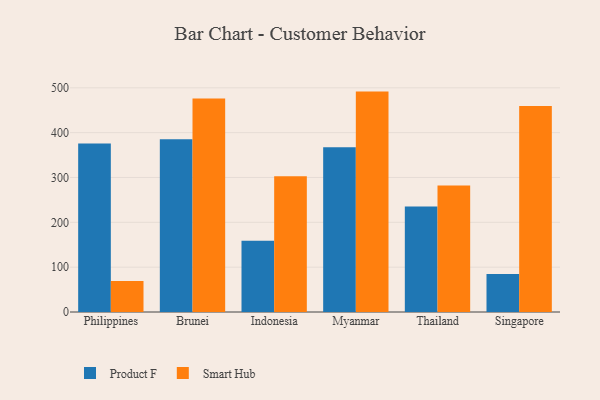
{"axis": {"x": "Country", "y": "Latency (ms)"}, "legend": ["Product F", "Smart Hub"], "data": [{"x": "Philippines", "y": 375.5, "type": "Product F"}, {"x": "Philippines", "y": 69.1, "type": "Smart Hub"}, {"x": "Brunei", "y": 385.2, "type": "Product F"}, {"x": "Brunei", "y": 476.1, "type": "Smart Hub"}, {"x": "Indonesia", "y": 158.7, "type": "Product F"}, {"x": "Indonesia", "y": 302.5, "type": "Smart Hub"}, {"x": "Myanmar", "y": 367.4, "type": "Product F"}, {"x": "Myanmar", "y": 491.5, "type": "Smart Hub"}, {"x": "Thailand", "y": 235.1, "type": "Product F"}, {"x": "Thailand", "y": 282.1, "type": "Smart Hub"}, {"x": "Singapore", "y": 84.6, "type": "Product F"}, {"x": "Singapore", "y": 459.6, "type": "Smart Hub"}]}